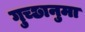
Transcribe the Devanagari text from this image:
गुच्छानुमा